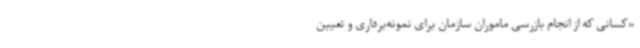
«کسانی که از انجام بازرسی ماموران سازمان برای نمونه‌برداری و تعیین